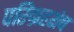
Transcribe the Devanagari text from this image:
परिग्रहशेष